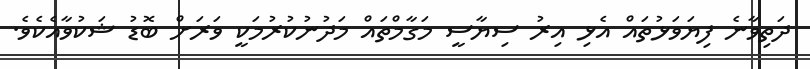
ދަތިވާނެ ފިޔަވަޅުތައް އެޅި އިރު ސިޔާސީ މަގާމްތައް މަދުނުކުރުމަކީ ވަރަށް ބޮޑު ޝަކުވާއެކެވެ.